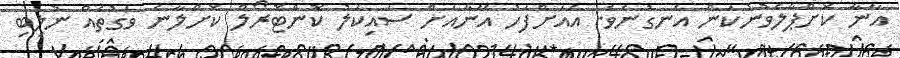
އާނާ ކޮށްޕާލެވުނުކަން އެނގުނެވެ. އެއަށްފަހު އޭނާއަށް ސައިކަލު ކޮންޓޮރޯލް ކޮށްލާނެ ވަގުތެއް ނުލިބި